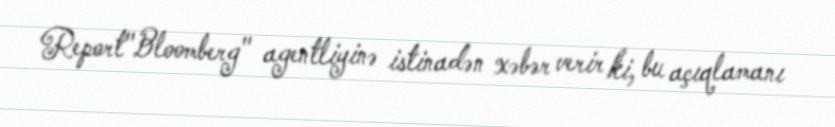
Report"Bloomberg" agentliyinə istinadən xəbər verir ki, bu açıqlamanı